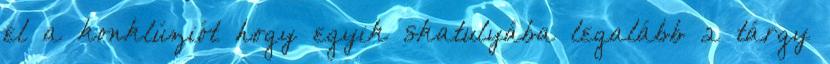
el a konklúziót hogy egyik skatulyába legalább 2 tárgy